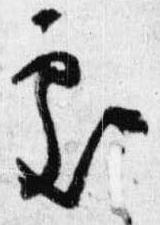
処